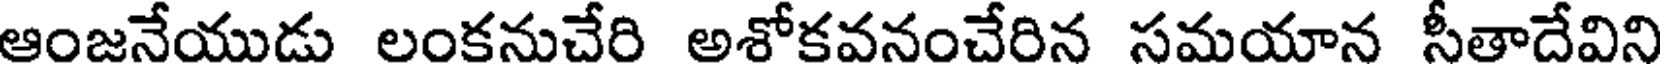
ఆంజనేయుడు లంకనుచేరి అశోకవనంచేరిన సమయాన సీతాదేవిని